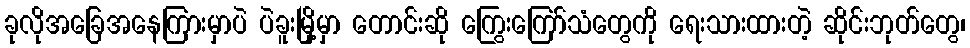
ခုလိုအခြေအနေကြားမှာပဲ ပဲခူးမြို့မှာ တောင်းဆို ကြွေးကြော်သံတွေကို ရေးသားထားတဲ့ ဆိုင်းဘုတ်တွေ၊